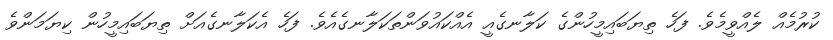
ކުރުމެއް ލެއްވީމެވެ. ފަހެ ތިޔަބައިމީހުންގެ ކަލާނގެއީ އެއްކައުވަންތަކަލާނގެއެވެ. ފަހެ އެކަލާނގެއަށް ތިޔަބައިމީހުން ކިޔަމަންވެ